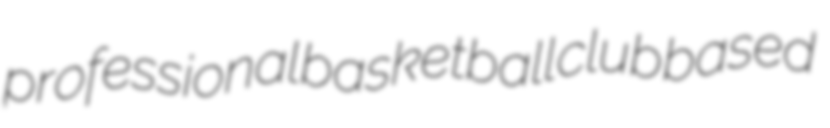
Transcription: professional basketball club based